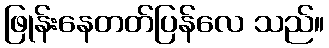
ဖြုန်းနေတတ်ပြန်လေ သည်။